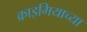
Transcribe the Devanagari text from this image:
क्राइमियाच्या